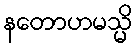
နတောဟမသ္မိ